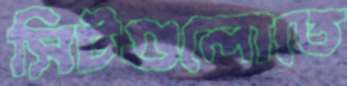
সিটগুলোতে